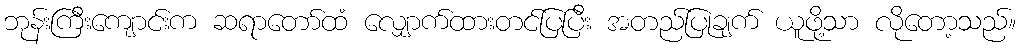
ဘုန်းကြီးကျောင်းက ဆရာတော်ထံ လျှောက်ထားတင်ပြပြီး အတည်ပြုချက် ယူဖို့သာ လိုတော့သည်။